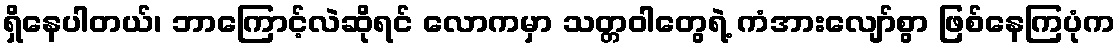
ရှိနေပါတယ်၊ ဘာကြောင့်လဲဆိုရင် လောကမှာ သတ္တဝါတွေရဲ့ ကံအားလျော်စွာ ဖြစ်နေကြပုံက